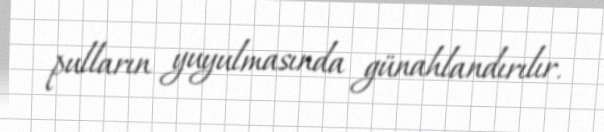
pulların yuyulmasında günahlandırılır.